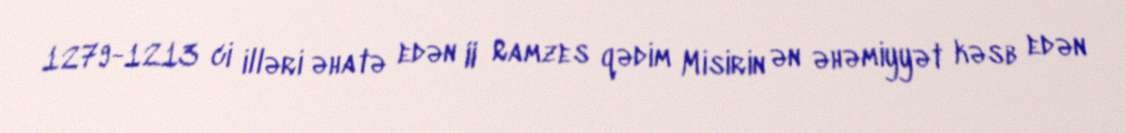
1279-1213 ci illəri əhatə edən II Ramzes qədim Misirin ən əhəmiyyət kəsb edən